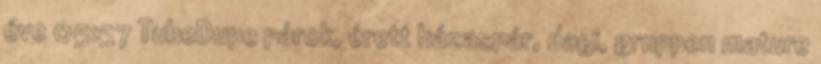
éve 05:57 TubeDupe párok, érett házaspár, dagi, gruppen mature